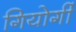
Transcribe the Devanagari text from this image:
गियोर्गी